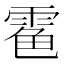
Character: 𩃊